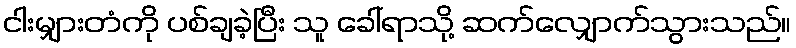
ငါးမျှားတံကို ပစ်ချခဲ့ပြီး သူ ခေါ်ရာသို့ ဆက်လျှောက်သွားသည်။